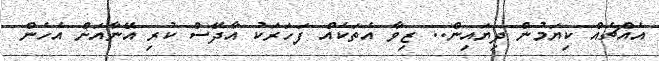
އެއްޗެއް ކިޔަމުން ދިޔައިން.. ޒިވާ އެތަކެއް ފަހަރަކު އާދޭސް ކުރި އޭނާއަށް އެހެން